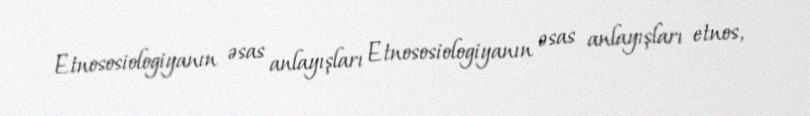
Etnososiologiyanın əsas anlayışları Etnososiologiyanın əsas anlayışları etnos,